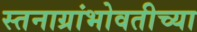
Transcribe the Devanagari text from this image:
स्तनाग्रांभोवतीच्या